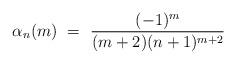
LaTeX: \begin{align*}\alpha_n(m) \ = \ \frac{(-1)^m}{(m + 2)(n + 1)^{m + 2}}\end{align*}